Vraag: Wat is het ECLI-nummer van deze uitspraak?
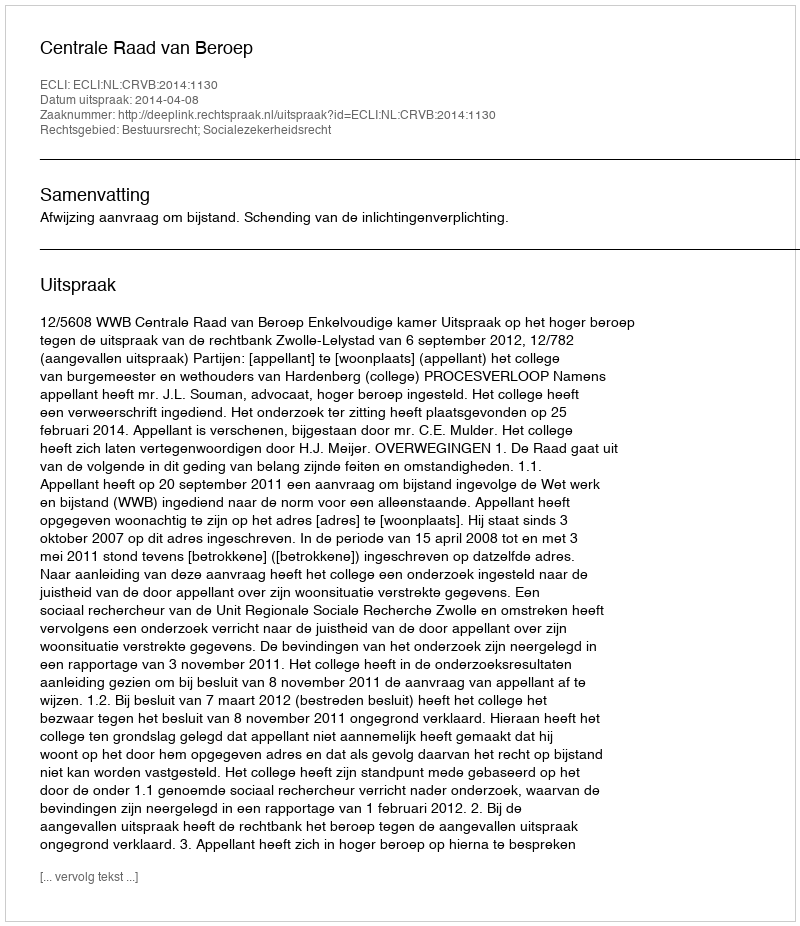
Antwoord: ECLI:NL:CRVB:2014:1130